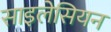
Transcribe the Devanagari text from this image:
साइलेसियन